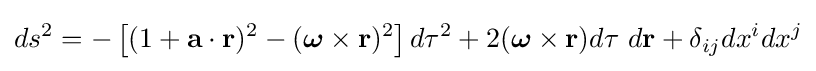
ds^{2}=-\left[(1+\mathbf {a} \cdot \mathbf {r} ){}^{2}-({\boldsymbol {\omega }}\times \mathbf {r} ){}^{2}\right]d\tau ^{2}+2({\boldsymbol {\omega }}\times \mathbf {r} )d\tau \ d\mathbf {r} +\delta _{ij}dx^{i}dx^{j}